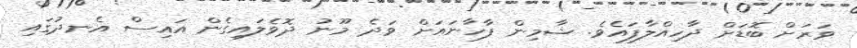
ވަރަށް ބޮޑަށް ދާހިއްލާފައެވެ. ޝާމިން ފާހާނައަށް ވަދެ މޫނު ދޮވެލައިގެން އައިސް އެނދުގައި